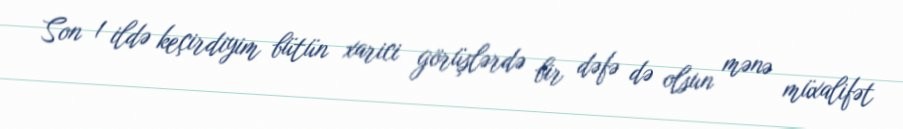
Son 1 ildə keçirdiyim bütün xarici görüşlərdə bir dəfə də olsun mənə müxalifət